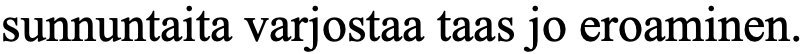
sunnuntaita varjostaa taas jo eroaminen.